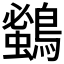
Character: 𪄰